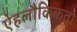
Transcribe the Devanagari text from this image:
ऐहलौकिकता